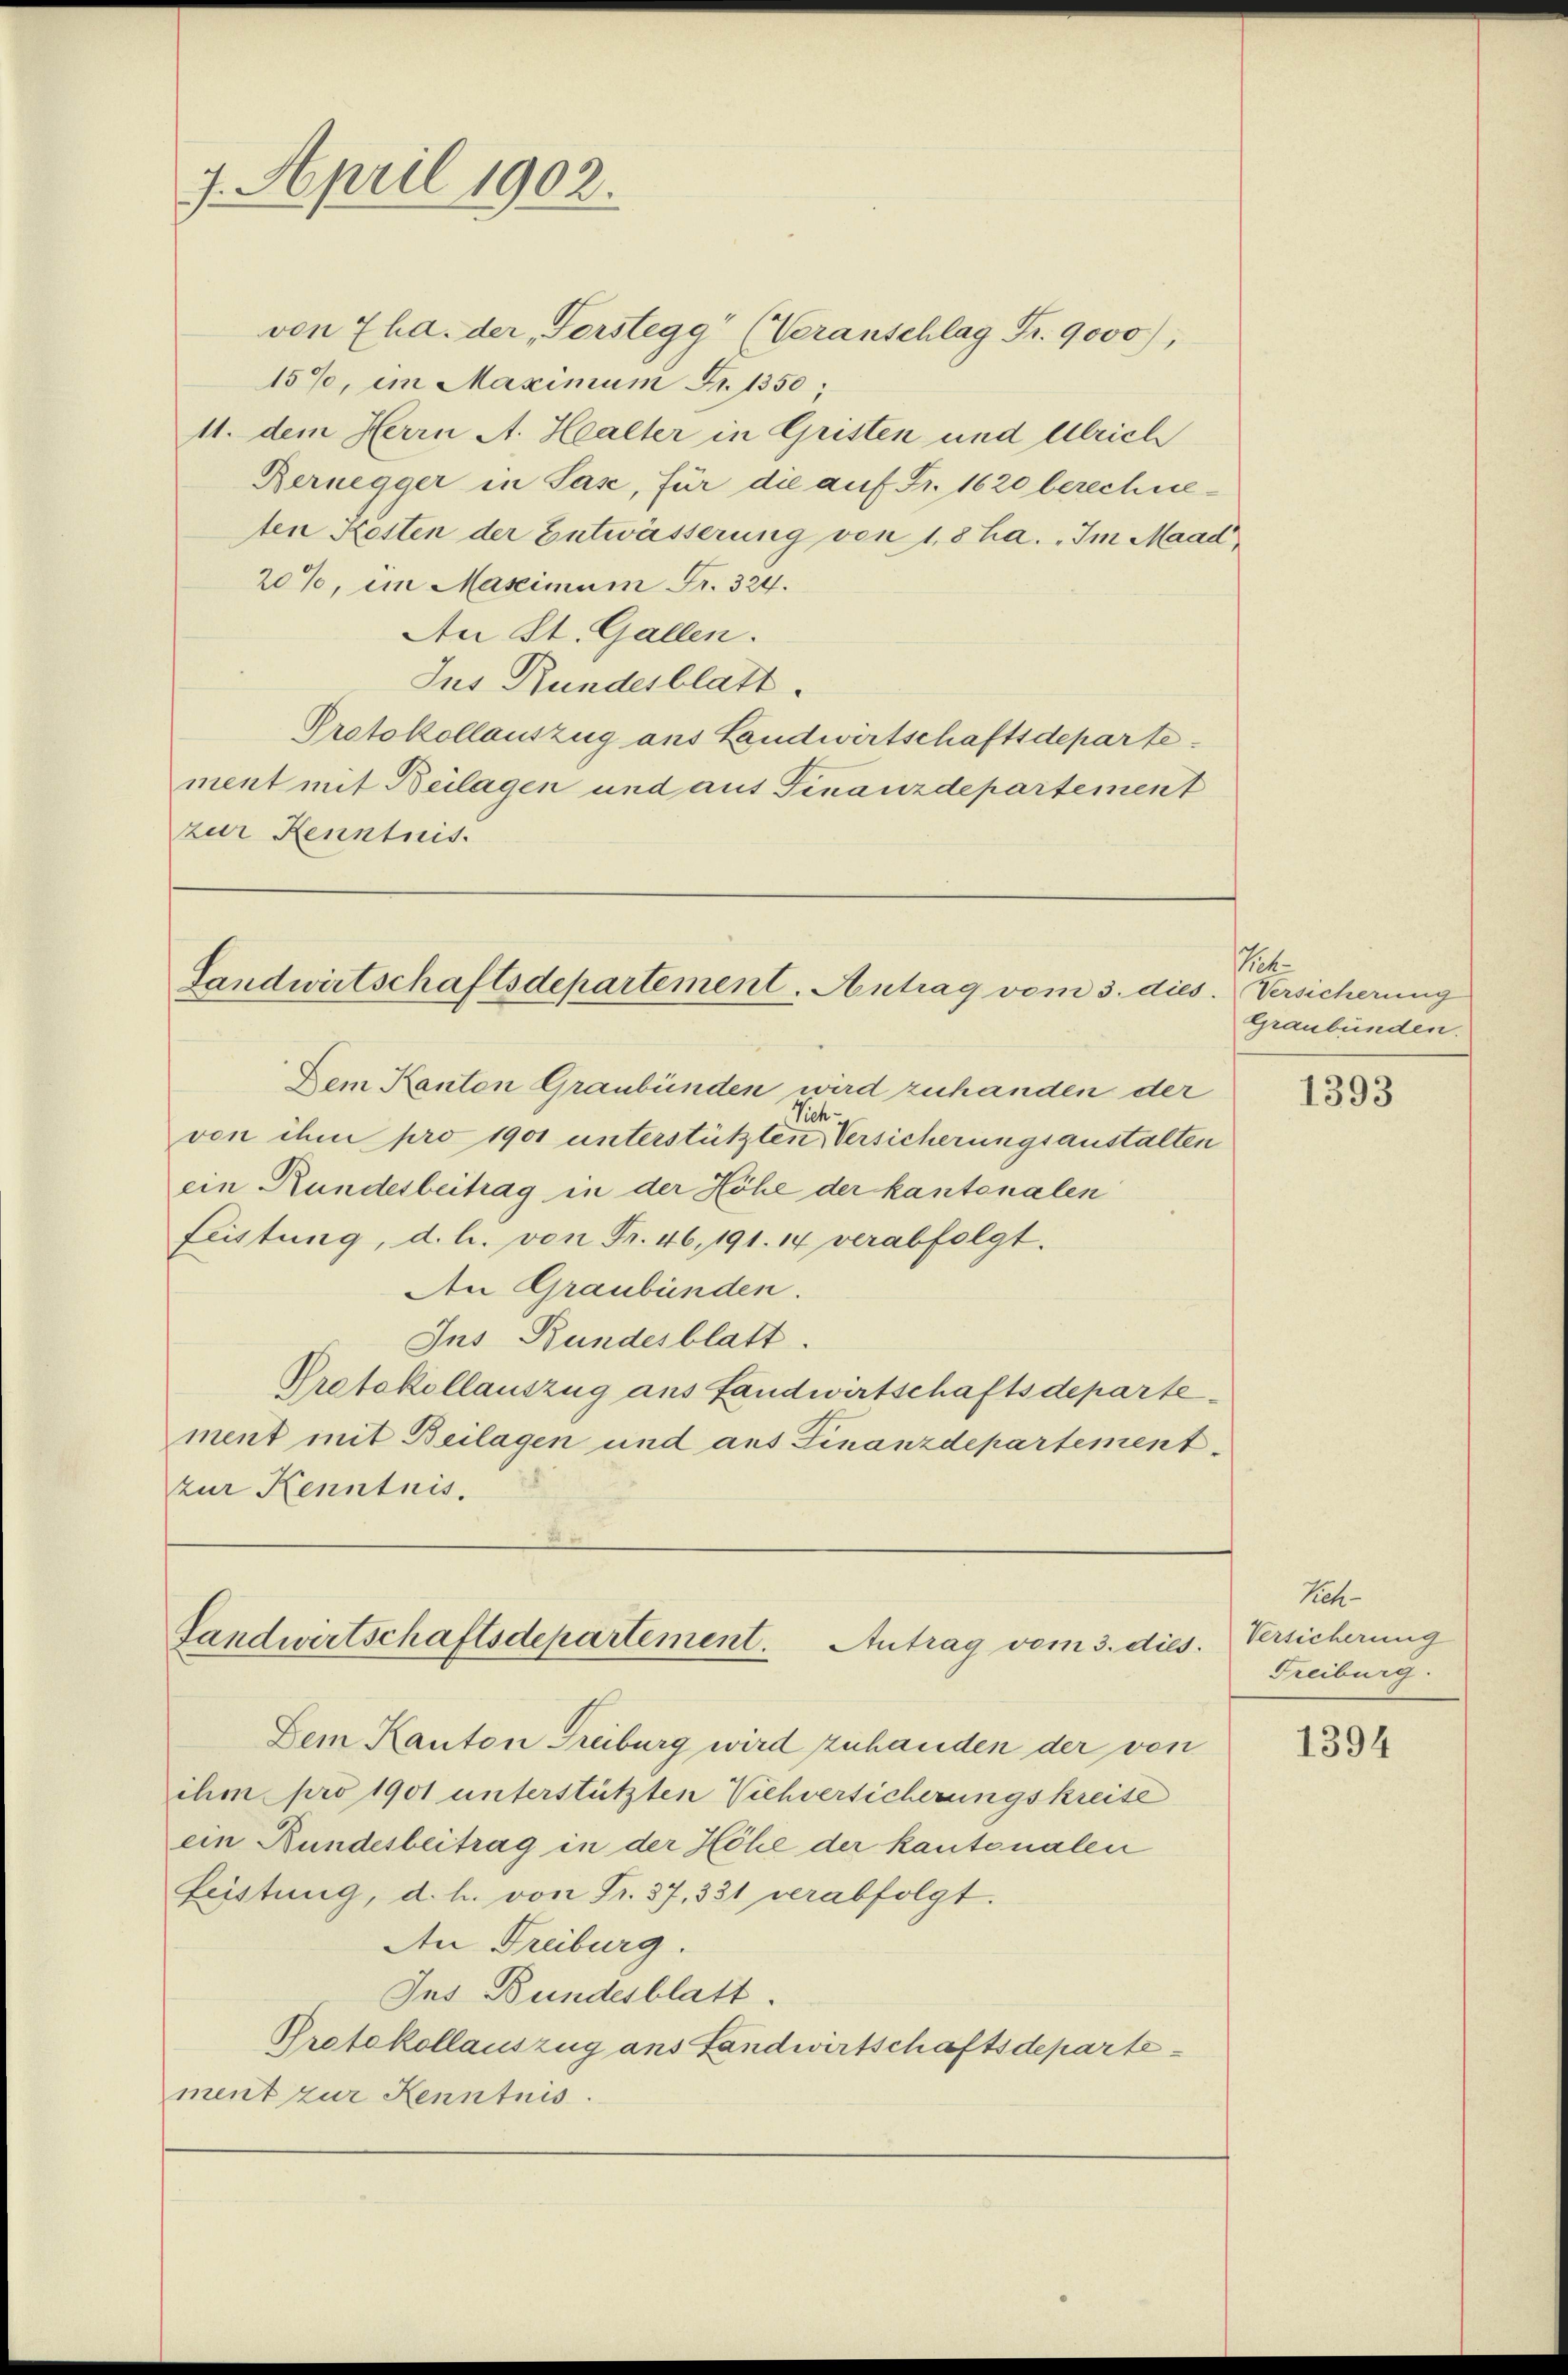
7. April 1902.

von 7 ha. der „Forstegg" (Veranschlag Fr. 9000),
159, im Maximum Fr. 1350;
11. dem Herrn A. Healter in Gristen und Ulrich
Bernegger in Sase, für die auf Fr. 1620 berechneten Kosten der Entwässerung von 18 ha. „Im Maad
20%, im Maximum Fr. 324.
An St. Gallen.
Jus Bundesblatt.
Protokollauszug aus Landwirtschaftsdeparte
ment mit Beilagen und auf Finanzdepartement
zur Kenntnis.

Landwirtschaftsdepartement. Antrag vom 3. dies. Versicherung

Dem Kanton Graubünden wird zuhanden der
Sich
von ihm pro 1901 unterstützten Versicherungsanstalten
ein Rundesbeitrag in der Höhe der kantonalen
Leistung, d. h. von Fr. 46, 191. 14 verabfolgt.
An Graubünden.
Ins Bundesblatt.
Protokollauszug aus Landwirtschaftsdepartement mit Beilagen und aus Finanzdepartementzur Kenntnis.

Landwirtschaftsdepartement. Antrag vom 3. dies

Dem Kanton Freiburg wird zuhanden der von
ihm pro 1901 unterstützten Viehversicherungskreise
ein Bundesbeitrag in der Höhe der kantonalen
Leistung, d. h. von Fr. 37, 331 verabfolgt.
An Freiburg.
Ins Bundesblatt.
Protokollauszug ans Landwirtschaftsdeparte
ment zur Kenntnis.

Tet
Graubünden.

1393

Rich
Versicherung
Freiburg.

1394